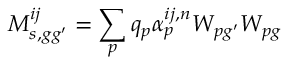
M _ { s , g g ^ { \prime } } ^ { i j } = \sum _ { p } q _ { p } { \alpha } _ { p } ^ { i j , n } W _ { p g ^ { \prime } } W _ { p g }